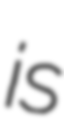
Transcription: is